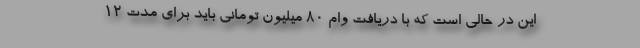
این در حالی است که با دریافت وام ۸۰ میلیون تومانی باید برای مدت ۱۲